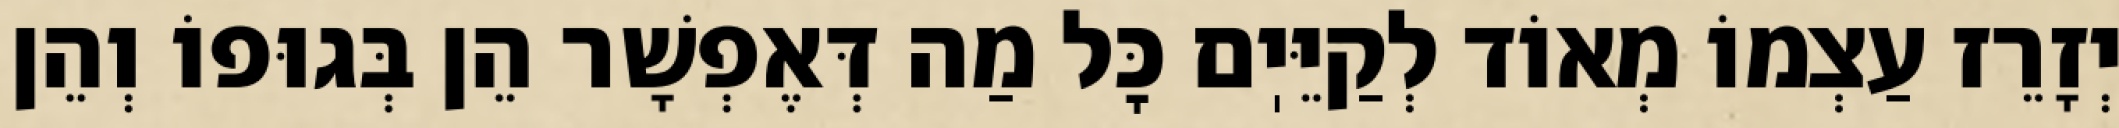
יְזָרֵז עַצְמוֹ מְאוֹד לְקַיֵּיֽם כׇּל מַה דְּאֶפְשָׁר הֵן בְּגוּפוֹ וְהֵן